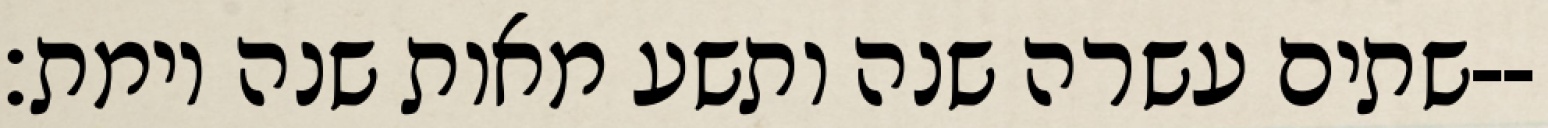
שתים עשרה שנה ותשע מאות שנה וימת׃--